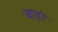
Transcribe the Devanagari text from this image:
बाड़ो